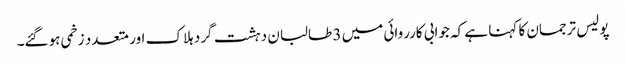
پولیس ترجمان کا کہنا ہے کہ جوابی کارروائی میں 3 طالبان دہشت گرد ہلاک اور متعدد زخمی ہوگئے۔